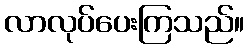
လာလုပ်ပေးကြသည်။